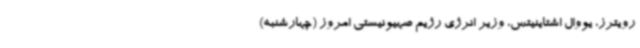
رویترز، یووال اشتاینیتس، وزیر انرژی رژیم صهیونیستی امروز (چهارشنبه)